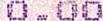
0.00